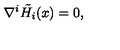
{ \nabla } ^ { i } \tilde { H _ { i } } ( x ) = 0 ,